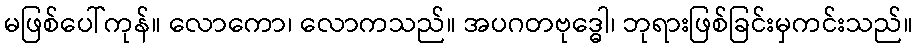
မဖြစ်ပေါ်ကုန်။ လောကော၊ လောကသည်။ အပဂတဗုဒ္ဓေါ၊ ဘုရားဖြစ်ခြင်းမှကင်းသည်။